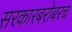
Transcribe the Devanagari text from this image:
सरकारबरोबरच